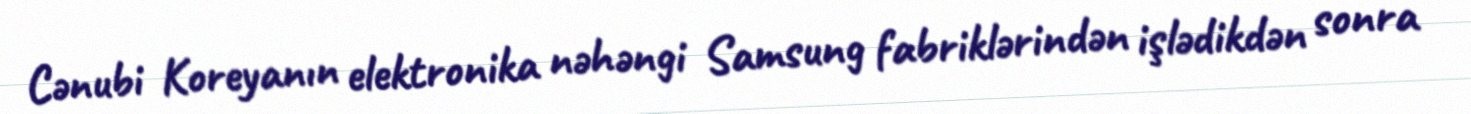
Cənubi Koreyanın elektronika nəhəngi Samsung fabriklərindən işlədikdən sonra